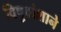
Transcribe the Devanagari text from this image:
विषुवांशाने